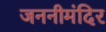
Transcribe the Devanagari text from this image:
जननीमंदिर